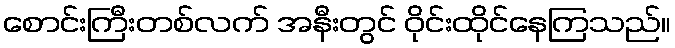
စောင်းကြီးတစ်လက် အနီးတွင် ဝိုင်းထိုင်နေကြသည်။